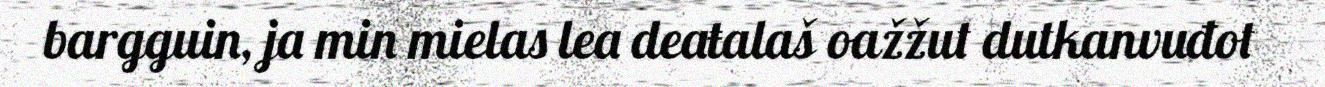
bargguin, ja min mielas lea deaŧalaš oažžut dutkanvuđot